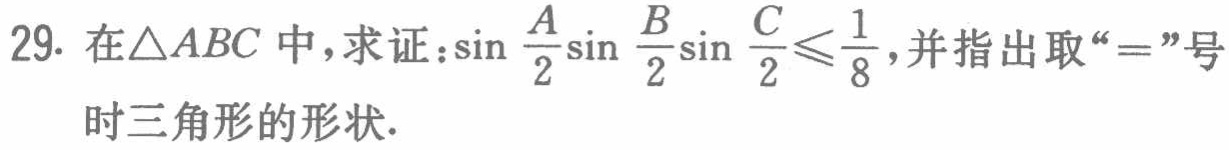
在\(\triangle ABC\)中，求证：\(\sin\frac{A}{2}\sin\frac{B}{2}\sin\frac{C}{2}\leq\frac{1}{8}\)，并指出取“\(=\)”号时三角形的形状.